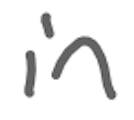
Text: in
Cross-out: clean
Writing tool: digital_gray